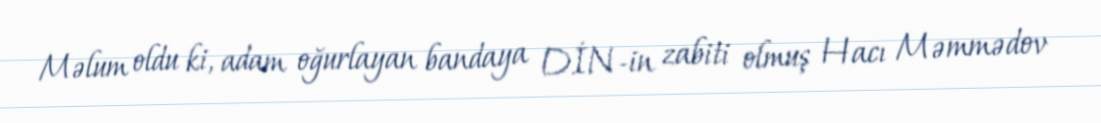
Məlum oldu ki, adam oğurlayan bandaya DİN-in zabiti olmuş Hacı Məmmədov